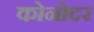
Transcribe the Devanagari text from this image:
कोनोदर